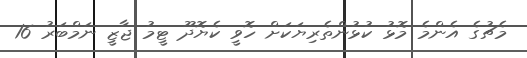
މެޗުގެ އެންމެ މޮޅު ކުޅުންތެރިޔަކަށް ހޮވީ ކެޔޮދޫ ޓީމު ޖާޒީ ނަމްބަރު 16